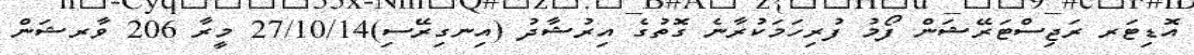
އޮޑިޓަރ ރަޖިސްޓަރޭޝަން ފޯމު ފުރިހަމަކުރާނެ ގޮތުގެ އިރުޝާދު (އިނގިރޭސި)27/10/14 މީރާ 206 ވާރޝަން